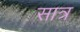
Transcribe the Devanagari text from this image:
सात्र